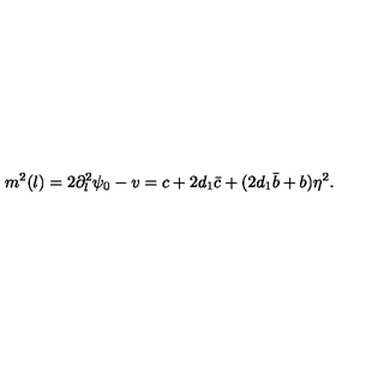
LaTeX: m ^ { 2 } ( l ) = 2 \partial _ { l } ^ { 2 } \psi _ { 0 } - v = c + 2 d _ { 1 } \bar { c } + ( 2 d _ { 1 } \bar { b } + b ) \eta ^ { 2 } .